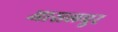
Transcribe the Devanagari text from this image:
आसलपुर